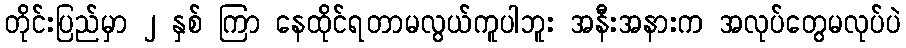
တိုင်းပြည်မှာ ၂ နှစ် ကြာ နေထိုင်ရတာမလွယ်ကူပါဘူး အနီးအနားက အလုပ်တွေမလုပ်ပဲ